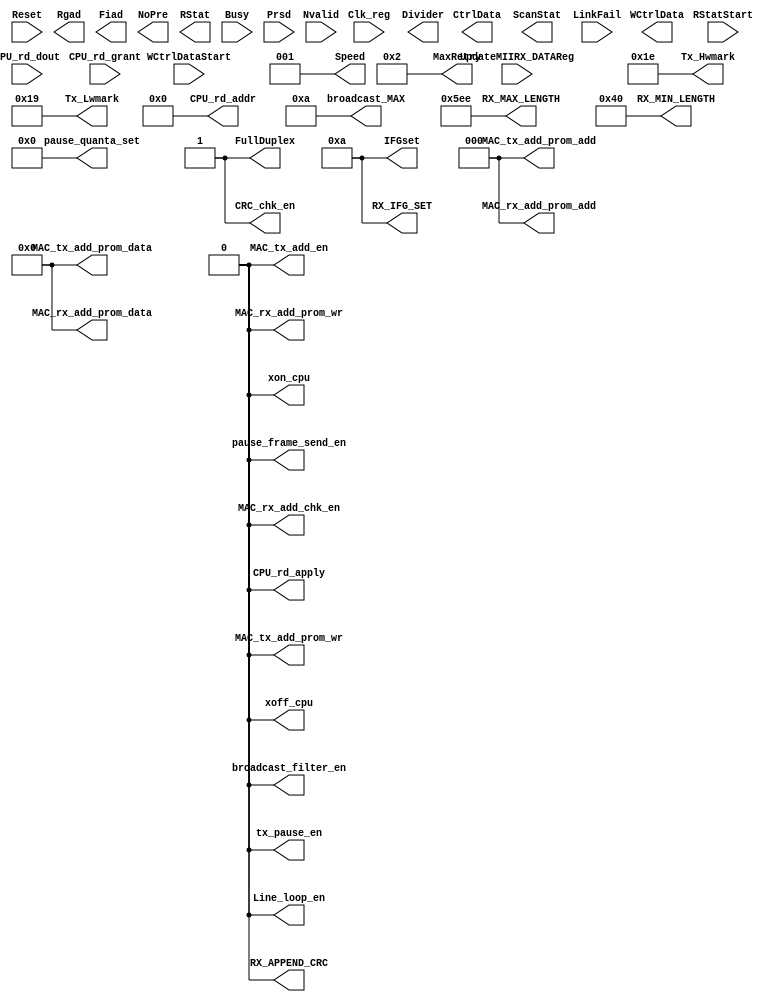
module reg_int_sim (
input			Reset					,
input			Clk_reg					,
				//Tx host interface 
output	[4:0]	Tx_Hwmark				,
output	[4:0]	Tx_Lwmark				,	
output			pause_frame_send_en		,				
output	[15:0]	pause_quanta_set		,
output			MAC_tx_add_en			,				
output			FullDuplex         		,
output	[3:0]	MaxRetry	        	,
output	[5:0]	IFGset					,
output	[7:0]	MAC_tx_add_prom_data	,
output	[2:0]	MAC_tx_add_prom_add		,
output			MAC_tx_add_prom_wr		,
output			tx_pause_en				,
output			xoff_cpu	        	,
output			xon_cpu	            	,
				//Rx host interface 	
output			MAC_rx_add_chk_en		,	
output	[7:0]	MAC_rx_add_prom_data	,	
output	[2:0]	MAC_rx_add_prom_add		,   
output			MAC_rx_add_prom_wr		,   
output			broadcast_filter_en	    ,
output	[15:0]	broadcast_MAX	        ,				        
output			RX_APPEND_CRC			,
output			CRC_chk_en				,				
output	[5:0]	RX_IFG_SET	  			,
output	[15:0]	RX_MAX_LENGTH 			,//	1518
output	[6:0]	RX_MIN_LENGTH			,//	64
				//RMON host interface
output	[5:0]	CPU_rd_addr				,
output			CPU_rd_apply			,
input			CPU_rd_grant			,
input	[31:0]	CPU_rd_dout				,
				//Phy int host interface     
output			Line_loop_en			,
output	[2:0]	Speed					,
				//MII to CPU 
output  [7:0] 	Divider            		,// Divider for the host clock
output  [15:0] 	CtrlData           		,// Control Data (to be written to the PHY reg.)
output  [4:0] 	Rgad               		,// Register Address (within the PHY)
output  [4:0] 	Fiad               		,// PHY Address
output         	NoPre              		,// No Preamble (no 32-bit preamble)
output         	WCtrlData          		,// Write Control Data operation
output         	RStat              		,// Read Status operation
output         	ScanStat           		,// Scan Status operation
input        	Busy               		,// Busy Signal
input        	LinkFail           		,// Link Integrity Signal
input        	Nvalid             		,// Invalid Status (qualifier for the valid scan result)
input 	[15:0] 	Prsd               		,// Read Status Data (data read from the PHY)
input        	WCtrlDataStart     		,// This signals resets the WCTRLDATA bit in the MIIM Command register
input        	RStatStart         		,// This signal resets the RSTAT BIT in the MIIM Command register
input        	UpdateMIIRX_DATAReg		,// Updates MII RX_DATA register with read data
);

assign Tx_Hwmark				    	=5'h1e;
assign Tx_Lwmark				        =5'h19;
assign pause_frame_send_en		        =0;
assign pause_quanta_set		            =0;
assign MAC_tx_add_en			        =0;
assign FullDuplex         		        =1;
assign MaxRetry	        	            =2;
assign IFGset					        =10;
assign MAC_tx_add_prom_data	            =0;
assign MAC_tx_add_prom_add		        =0;
assign MAC_tx_add_prom_wr		        =0;
assign tx_pause_en				        =0;
assign xoff_cpu	        	            =0;
assign xon_cpu	                        =0;
 
assign MAC_rx_add_chk_en				=0;
assign MAC_rx_add_prom_data             =0;
assign MAC_rx_add_prom_add	            =0;
assign MAC_rx_add_prom_wr	            =0;
assign broadcast_filter_en	            =0;
assign broadcast_MAX	                =10;
assign RX_APPEND_CRC		            =0;
assign CRC_chk_en			            =1;
assign RX_IFG_SET	  		            =10;
assign RX_MAX_LENGTH 		            =1518;
assign RX_MIN_LENGTH		            =64;

assign CPU_rd_addr						=0;
assign CPU_rd_apply	                    =0;
  
assign Line_loop_en						=0;		
assign Speed					        =3'b001;
  
endmodule